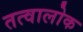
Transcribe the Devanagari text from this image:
तत्वालोक